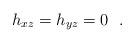
LaTeX: \begin{align*}h_{xz}=h_{yz}=0\ \ .\end{align*}